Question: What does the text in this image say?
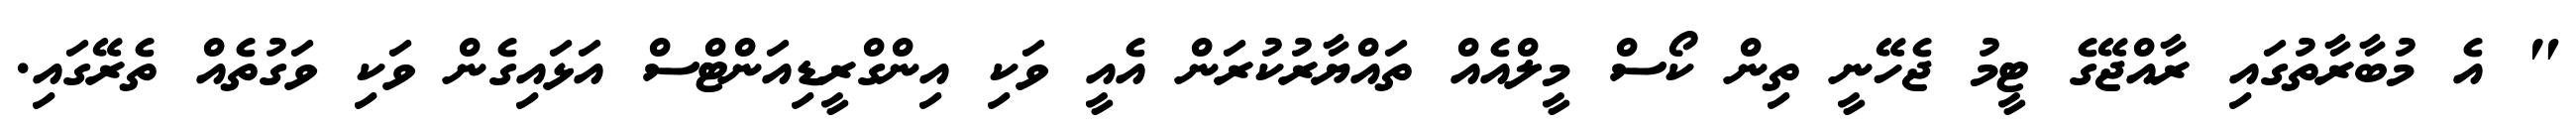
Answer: " އެ މުބާރާތުގައި ރާއްޖޭގެ ޓީމު ޖެހޭނީ ތިން ކޯސް މީލްއެއް ތައްޔާރުކުރަން އެއީ ވަކި އިންގްރީޑިއަންޓްސް އަޅައިގެން ވަކި ވަގުތެއް ތެރޭގައި.